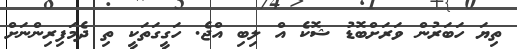
ތިޔަ ހަބަރުން ވަރަށްބޮޑު ޝޮކެ އް ލިބި އްޖެ. ހަގީގަތަކީ ތި ދެމަފިރިންނަށް